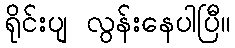
ရိုင်းပျ လွန်းနေပါပြီ။